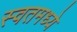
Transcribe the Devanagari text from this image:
स्वतमध्ये